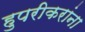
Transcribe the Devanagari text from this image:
हुपरीकरांना